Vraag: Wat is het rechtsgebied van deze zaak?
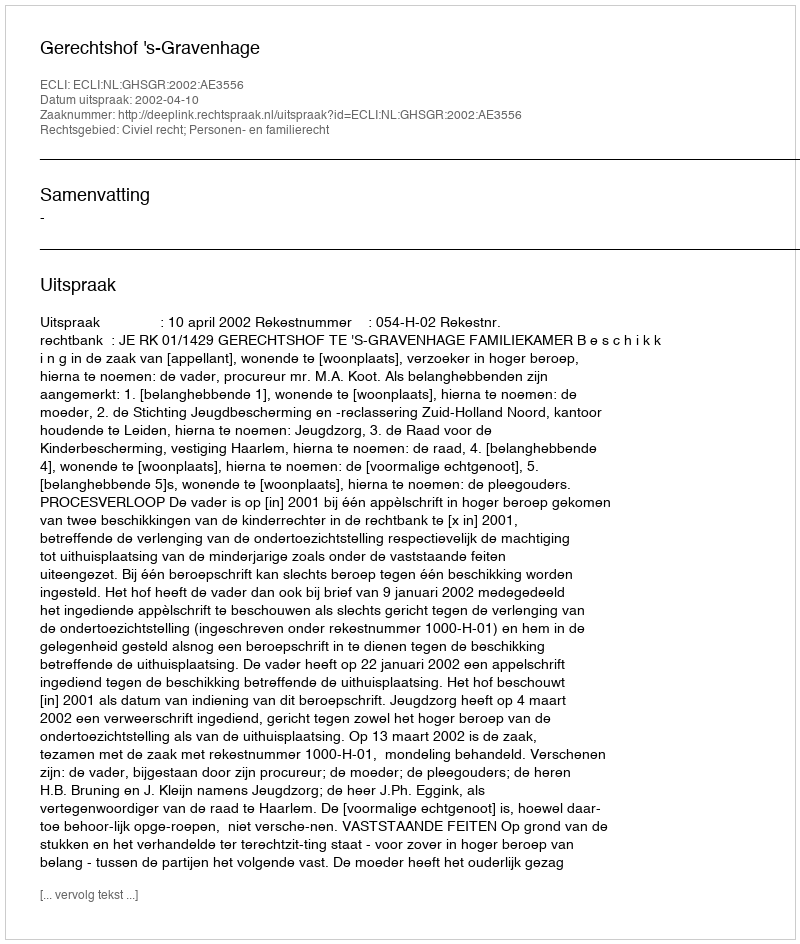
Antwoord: Civiel recht; Personen- en familierecht